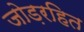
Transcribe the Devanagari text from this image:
जोड़रहित